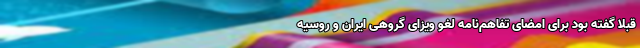
قبلا گفته بود برای امضای تفاهم‌نامه لغو ویزای گروهی ایران و روسیه